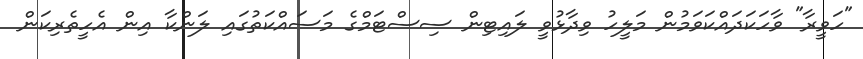
"ހަވީރާ" ވާހަކަދައްކަވަމުން މަލީހު ވިދާޅުވީ ލައިޓިން ސިސްޓަމްގެ މަސައްކަތުގައި ލަންކާ އިން އެހީތެރިކަން